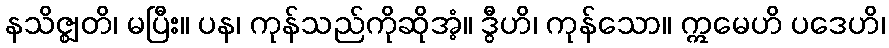
နသိဇ္ဈတိ၊ မပြီး။ ပန၊ ကုန်သည်ကိုဆိုအံ့။ ဒွီဟိ၊ ကုန်သော။ ဣမေဟိ ပဒေဟိ၊